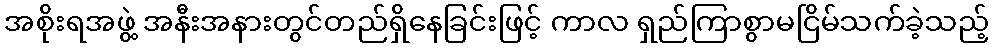
အစိုးရအဖွဲ့ အနီးအနားတွင်တည်ရှိနေခြင်းဖြင့် ကာလ ရှည်ကြာစွာမငြိမ်သက်ခဲ့သည့်